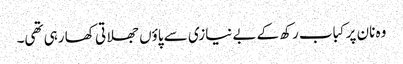
وہ نان پر کباب رکھ کے بے نیازی سے پاؤں جھلاتی کھا رہی تھی۔